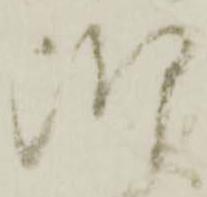
御